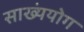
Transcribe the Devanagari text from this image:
साख्यंयोग